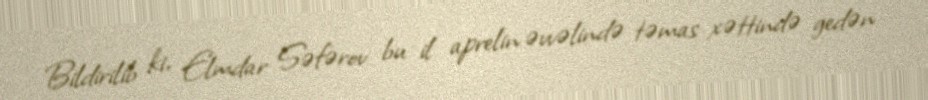
Bildirilib ki, Elmdar Səfərov bu il aprelin əvvəlində təmas xəttində gedən